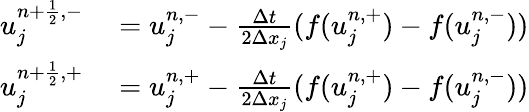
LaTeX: \begin{array}{rl}{u_{j}^{{n+\frac{1}{2}},-}}&{{}=u_{j}^{n,-}-\frac{\Delta t}{2\Delta x_{j}}(f(u_{j}^{n,+})-f(u_{j}^{n,-}))}\\ {u_{j}^{{n+\frac{1}{2}},+}}&{{}=u_{j}^{n,+}-\frac{\Delta t}{2\Delta x_{j}}(f(u_{j}^{n,+})-f(u_{j}^{n,-}))}\end{array}